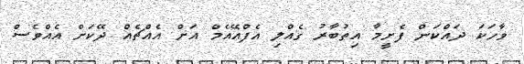
ވާހަކަ ދައްކަން ފެށީމާ އިތުބާރު ގެއްލި އެފްއޭއެމް އަށް އެއްޗެއް ދޭކަށް އެއްވެސް